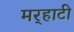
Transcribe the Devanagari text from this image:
मर्‍हाटी